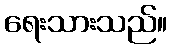
ရေးသားသည်။